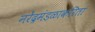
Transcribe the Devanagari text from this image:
नरेंद्रमंडळाकरितां